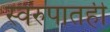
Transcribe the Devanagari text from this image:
स्वरुपातही